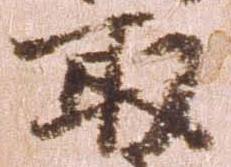
取